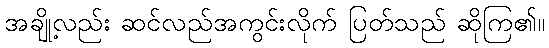
အချို့လည်း ဆင်လည်အကွင်းလိုက် ပြတ်သည် ဆိုကြ၏။